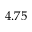
4 . 7 5